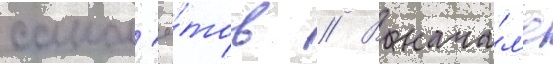
самол'ё́тов // В нача́л'е